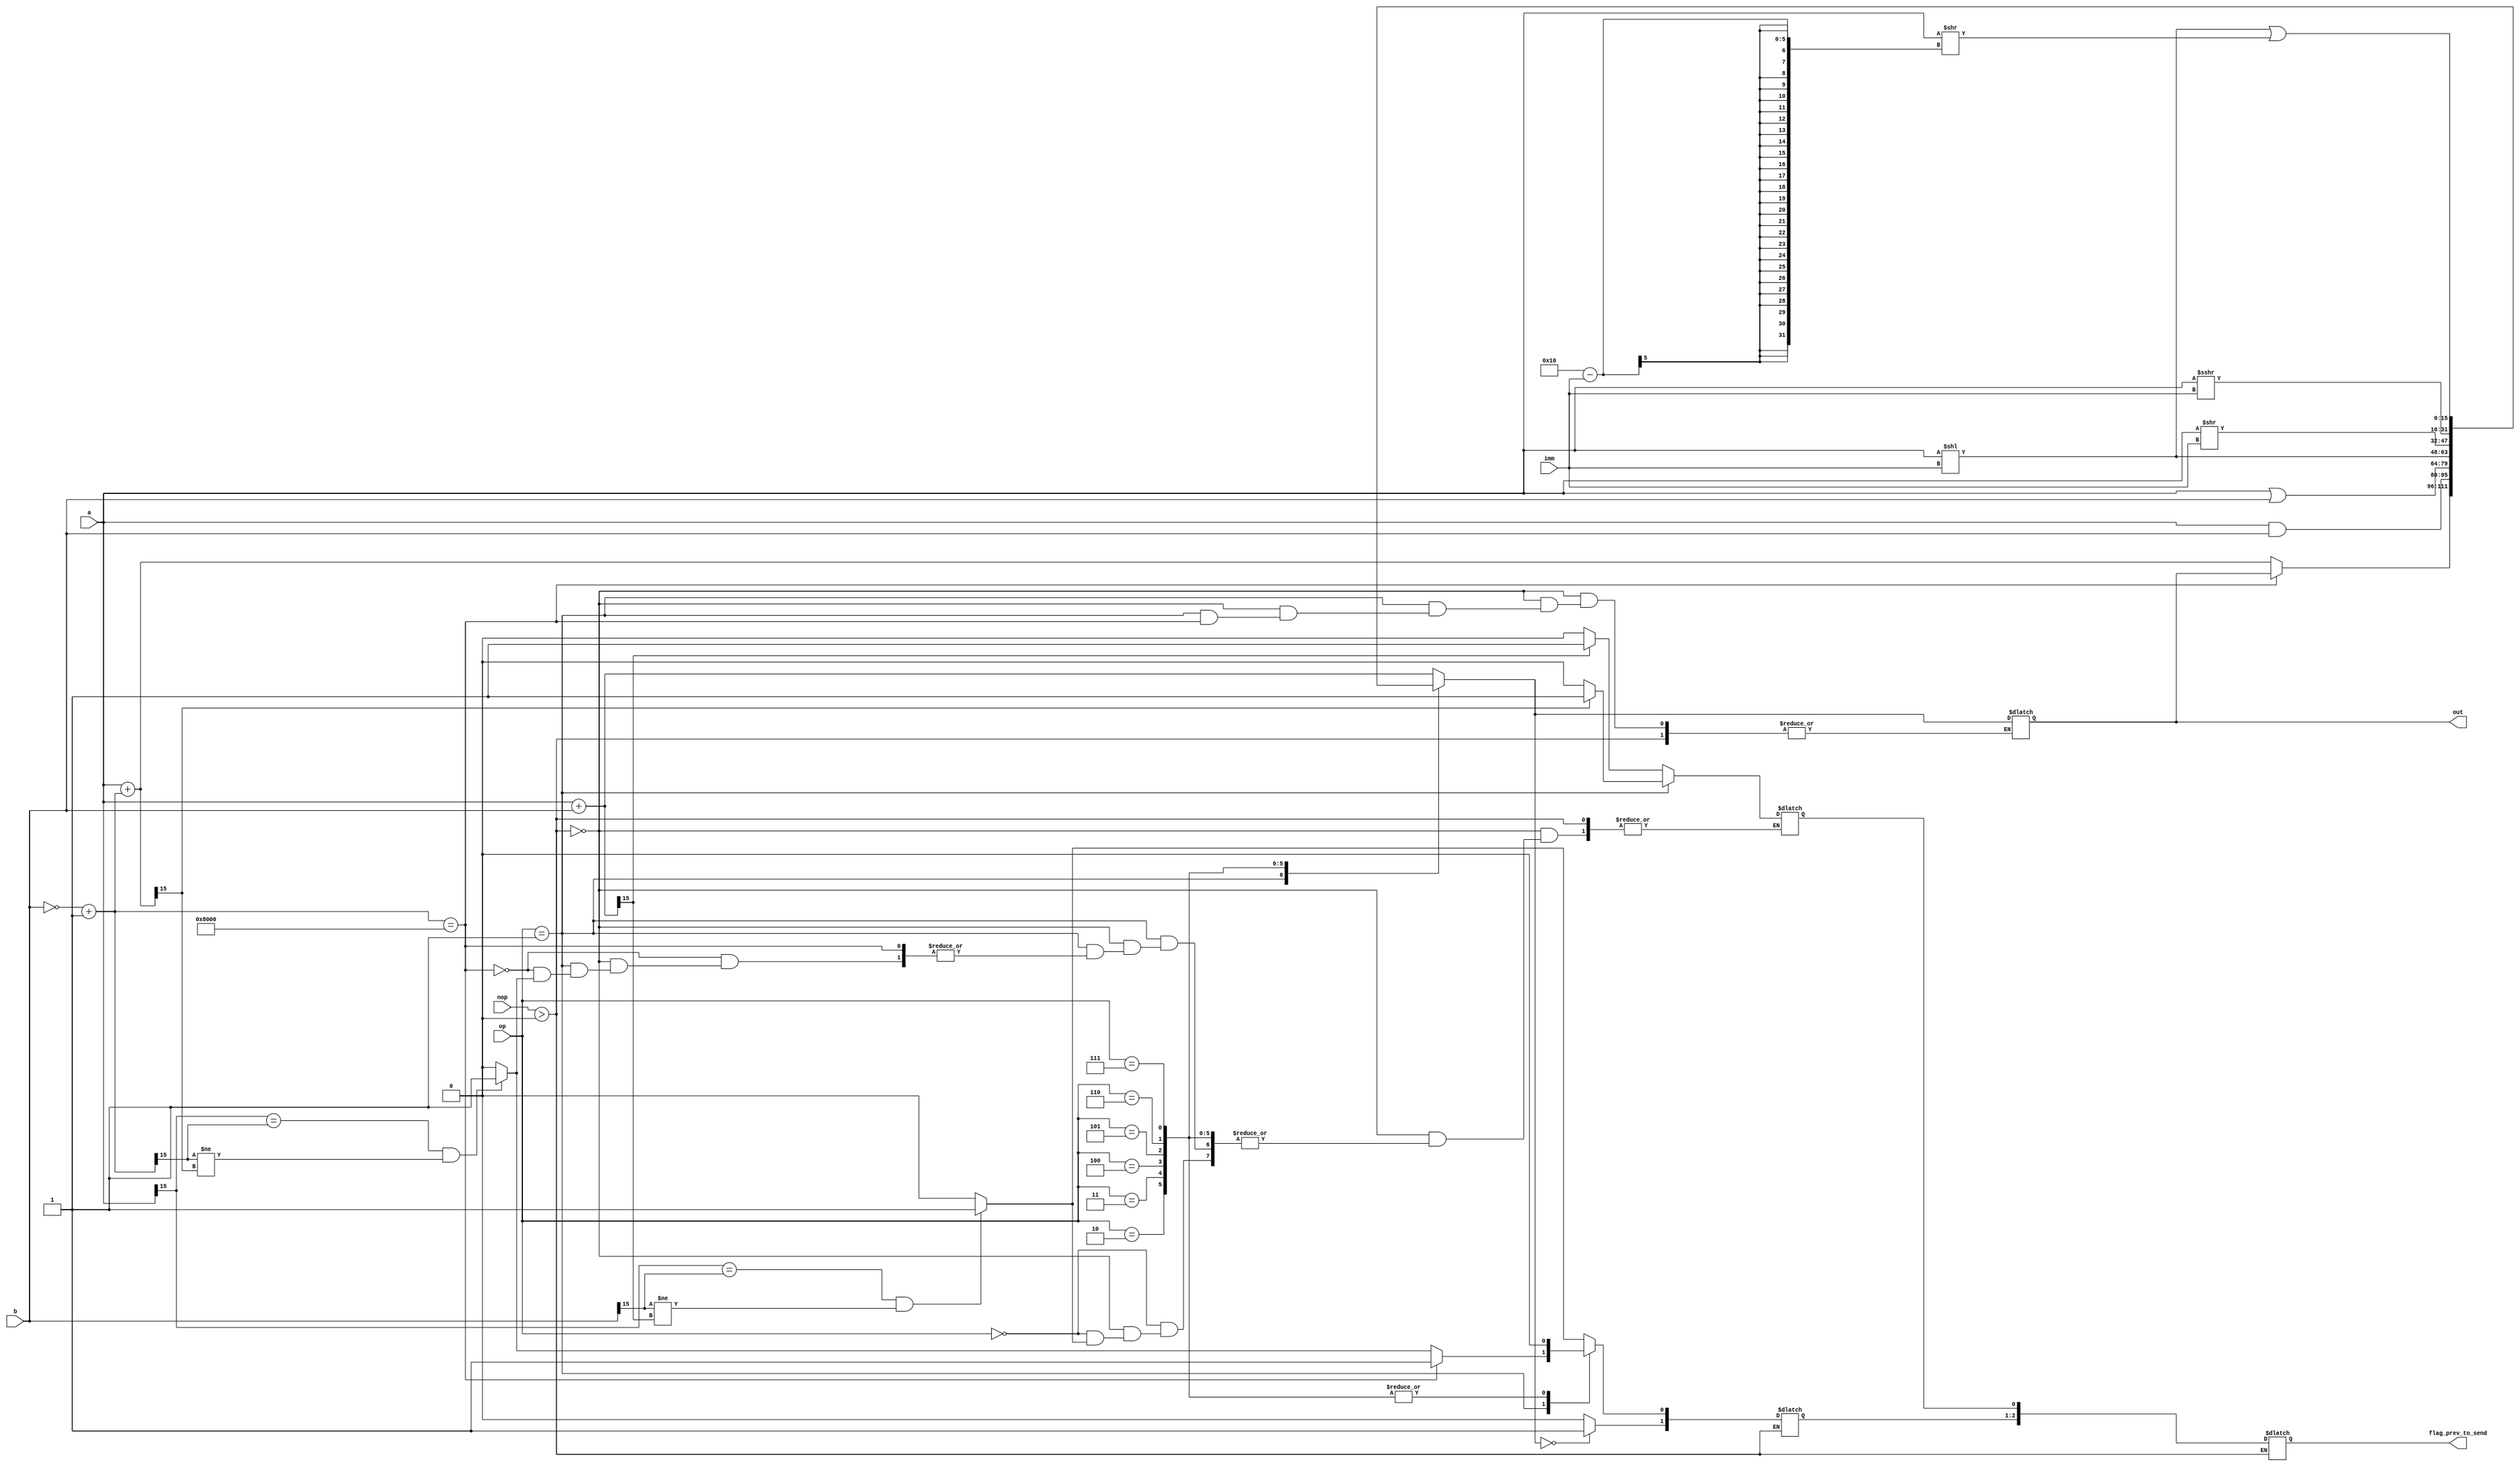
`define ADD 0
`define SUB 1
`define AND 2
`define OR 3
`define SLL 4
`define SRL 5
`define SRA 6
`define RL 7

//The Z flag is set if and only if the output of the operation is zero
//The V flag is set by the ADD and SUB instructions if the op results in an overflow 
/*The N flag is set if the result of the ADD and 
SUB instruction is negative. N flag should not be 
set if the value is negative due to overflow */



module alu(
   a,   //1st operand
   b,   //2nd operand
   op,   //3-bit operation
   imm,   //4-bit immediate operand for shift/rotate
   nop,
   flag_prev_to_send, // output flag register for indicating Z,V,N
   out   //output
   );

   parameter DSIZE = 16;
   
   input [DSIZE-1:0] a, b;
   input [2:0] op;
   input [3:0] imm;
   input nop;
   output reg[DSIZE-1:0] out;
   output [2:0] flag_prev_to_send;
   //reg [2:0] flag_temp;
   wire [DSIZE-1:0] b_N;
   
   assign b_N = ~b + 1'b1;
   
   //wire [2:0] flag_prev_to_send;
   reg [2:0] flag_temp;
   reg [2:0] flag_curr;
   reg [2:0] flag_prev;
      
always @(a or b or op or imm or nop)
  begin
  if(nop > 1'b0)// if statement used for bypassing alu in case of nop
  begin
  end 
  else
  begin // begin of nop if - else
	 flag_temp = flag_curr;
	 
	 flag_curr[1] = 1'b0;
   case(op)
      `ADD: 
        begin
          out = a + b;
          //check if result is overflow
          flag_curr[1] = ((a[15] == b[15])&&(b[15] != out[15]))? 1'b1 : 1'b0;
          //check if condition is N flag 
          if (flag_curr[1] == 0) 
            flag_curr[0] = (out[15] == 1)? 1'b1 : 1'b0;
          flag_curr[2] = (out == 16'h0000)? 1'b1 : 1'b0;  
        end
      `SUB: 
        begin
          if (b_N == 16'b1000000000000000)
				    flag_curr[1] = 1'b1;
			    else
				    begin
				      out = a + b_N;
				      //check if result is overflow
				      flag_curr[1] = ((a[15] == b_N[15])&&(b_N[15] != out[15]))? 1'b1 : 1'b0;
				      // check if condition is N flag 
				      if (flag_curr[1] == 0)
					      flag_curr[0] = (out[15] == 1)? 1'b1 : 1'b0;
					  end
					flag_curr[2] = (out == 16'h0000)? 1'b1 : 1'b0;      
			  end
			`AND:             
          out = a & b;
      `OR:           
          out = a | b;
      `SLL: out = a << imm;
      `SRL: out = a >> imm;
      `SRA: out = $signed(a) >>> imm;
      `RL: out = a << imm | a >> (16-imm);
      default: out = 0;
  endcase
  flag_curr[2] = (out == 16'h0000)? 1'b1 : 1'b0;
  flag_prev = flag_temp;
  end // end of nop if - else
end
assign flag_prev_to_send = flag_prev;
endmodule